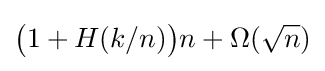
{\bigl (}1+H(k/n){\bigr )}n+\Omega ({\sqrt {n}})